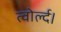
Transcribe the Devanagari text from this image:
त्वोर्ल्द।